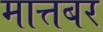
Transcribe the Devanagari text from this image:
मात्तबर